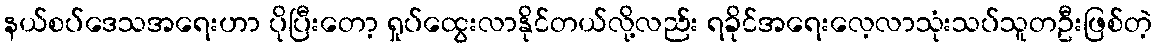
နယ်စပ်ဒေသအရေးဟာ ပိုပြီးတော့ ရှုပ်ထွေးလာနိုင်တယ်လို့လည်း ရခိုင်အရေးလေ့လာသုံးသပ်သူတဦးဖြစ်တဲ့